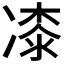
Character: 𭂜